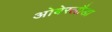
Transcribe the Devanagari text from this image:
ओबेरलौडा